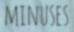
MINUSES